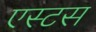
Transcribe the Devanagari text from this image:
एस्टस